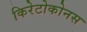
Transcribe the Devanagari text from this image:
किरेटोकोनस